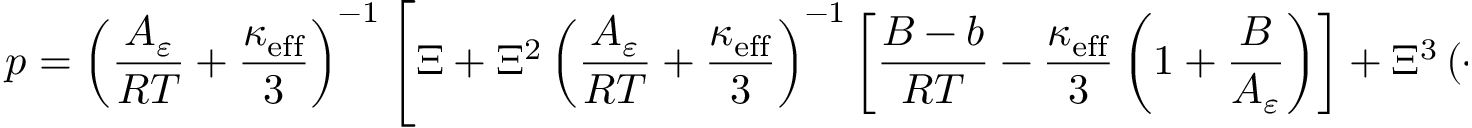
p = \left( \frac { A _ { \varepsilon } } { R T } + \frac { \kappa _ { \mathrm { e f f } } } { 3 } \right) ^ { - 1 } \left[ \Xi + \Xi ^ { 2 } \left( \frac { A _ { \varepsilon } } { R T } + \frac { \kappa _ { \mathrm { e f f } } } { 3 } \right) ^ { - 1 } \left[ \frac { B - b } { R T } - \frac { \kappa _ { \mathrm { e f f } } } { 3 } \left( 1 + \frac { B } { A _ { \varepsilon } } \right) \right] + \Xi ^ { 3 } \left( \cdots \right) \right] .